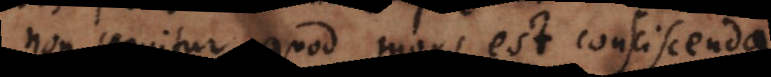
non sequitur quod mors est consciscenda.